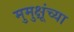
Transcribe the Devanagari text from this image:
मुमुक्षूंच्या